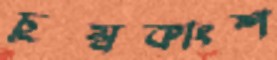
চুম্বকাংশ